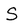
Character: S